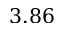
3 . 8 6